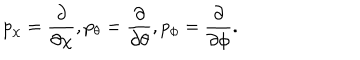
p _ { \chi } = \frac { \partial } { \partial \chi } , p _ { \theta } = \frac { \partial } { \partial \theta } , p _ { \phi } = \frac { \partial } { \partial \phi } .